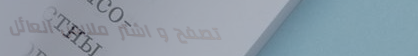
تصفح و اشترِ ملابس العائل